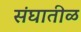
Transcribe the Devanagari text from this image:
संघातीळ